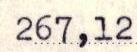
267,12